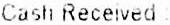
CASH RECEIVED :